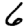
Digit: 6